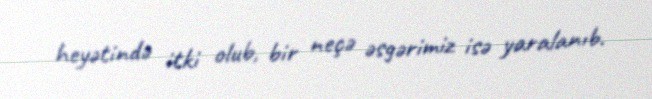
heyətində itki olub, bir neçə əsgərimiz isə yaralanıb.